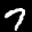
Label: 7